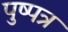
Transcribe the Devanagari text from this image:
पुष्पत्र